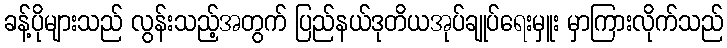
ခန့်ပိုများသည် လွန်းသည့်အတွက် ပြည်နယ်ဒုတိယအုပ်ချုပ်ရေးမှူး မှာကြားလိုက်သည်